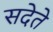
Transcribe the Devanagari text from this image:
सदेते